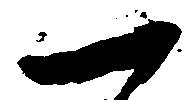
一